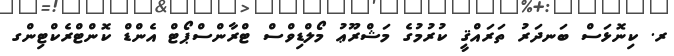
ރ. ކިނޮޅަސް ބަނދަރު ތަރައްޤީ ކުރުމުގެ މަޝްރޫޢު މޯލްޑިވްސް ޓްރާންސްޕޯޓް އެންޑް ކޮންޓްރެކްޓިންގ